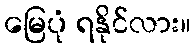
မြေပုံ ရနိုင်လား။